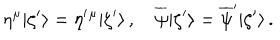
\eta ^ { \mu } | \zeta ^ { \prime } \rangle = \eta ^ { \prime } { } ^ { \mu } | \zeta ^ { \prime } \rangle \, , \quad \overline { { { \psi } } } | \zeta ^ { \prime } \rangle = \overline { { { \psi } } } ^ { \prime } | \zeta ^ { \prime } \rangle \, .